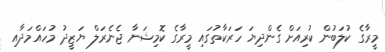
މީރާގެ ކުލަބުން ކުރިއަށް ގެންދިޔަ ހަރަކާތުގައި މީރާގެ ކޮމިޝަނާ ޖެނެރަލް ޔަޒީދު މުހައްމަދާއި